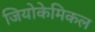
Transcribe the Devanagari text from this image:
जियोकेमिकल